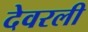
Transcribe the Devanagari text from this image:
देवरली